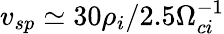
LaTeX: v_{sp}\simeq 30\rho_{i}/2.5\Omega_{ci}^{-1}